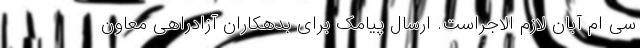
سی ام آبان لازم الاجراست. ارسال پیامک برای بدهکاران آزادراهی معاون